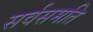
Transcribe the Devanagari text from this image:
सर्वसमति